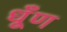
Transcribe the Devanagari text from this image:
धूँण